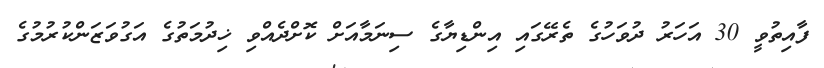
ފާއިތުވީ 30 އަހަރު ދުވަހުގެ ތެރޭގައި އިންޑިޔާގެ ސިނަމާއަށް ކޮށްދެއްވި ޚިދުމަތުގެ އަގުވަޒަންކުރުމުގެ